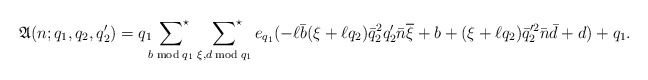
\begin{align*}\mathfrak{A}(n;q_1,q_2,q_2')=q_1\sideset{}{^\star}\sum_{b\bmod{q_1}}\;\sideset{}{^\star}\sum_{\xi,d\bmod{q_1}}e_{q_1}(-\ell \bar{b}(\xi+\ell q_2)\bar{q}_2^2q_2'\bar{n}\overline{\xi}+b+(\xi+\ell q_2)\bar{q}_2'^2\bar{n}\bar{d}+d)+q_1.\end{align*}